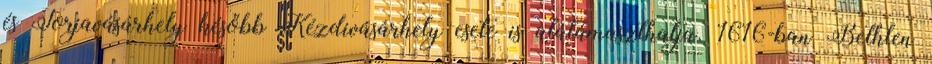
és Torjavásárhely később Kézdivásárhely esete is alátámaszthatja. 1616-ban Bethlen